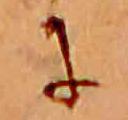
に